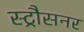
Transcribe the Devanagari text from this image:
स्ट्रौसनर